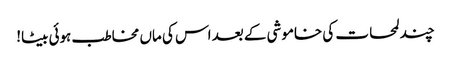
چند لمحات کی خاموشی کے بعد اس کی ماں مخاطب ہوئی بیٹا!